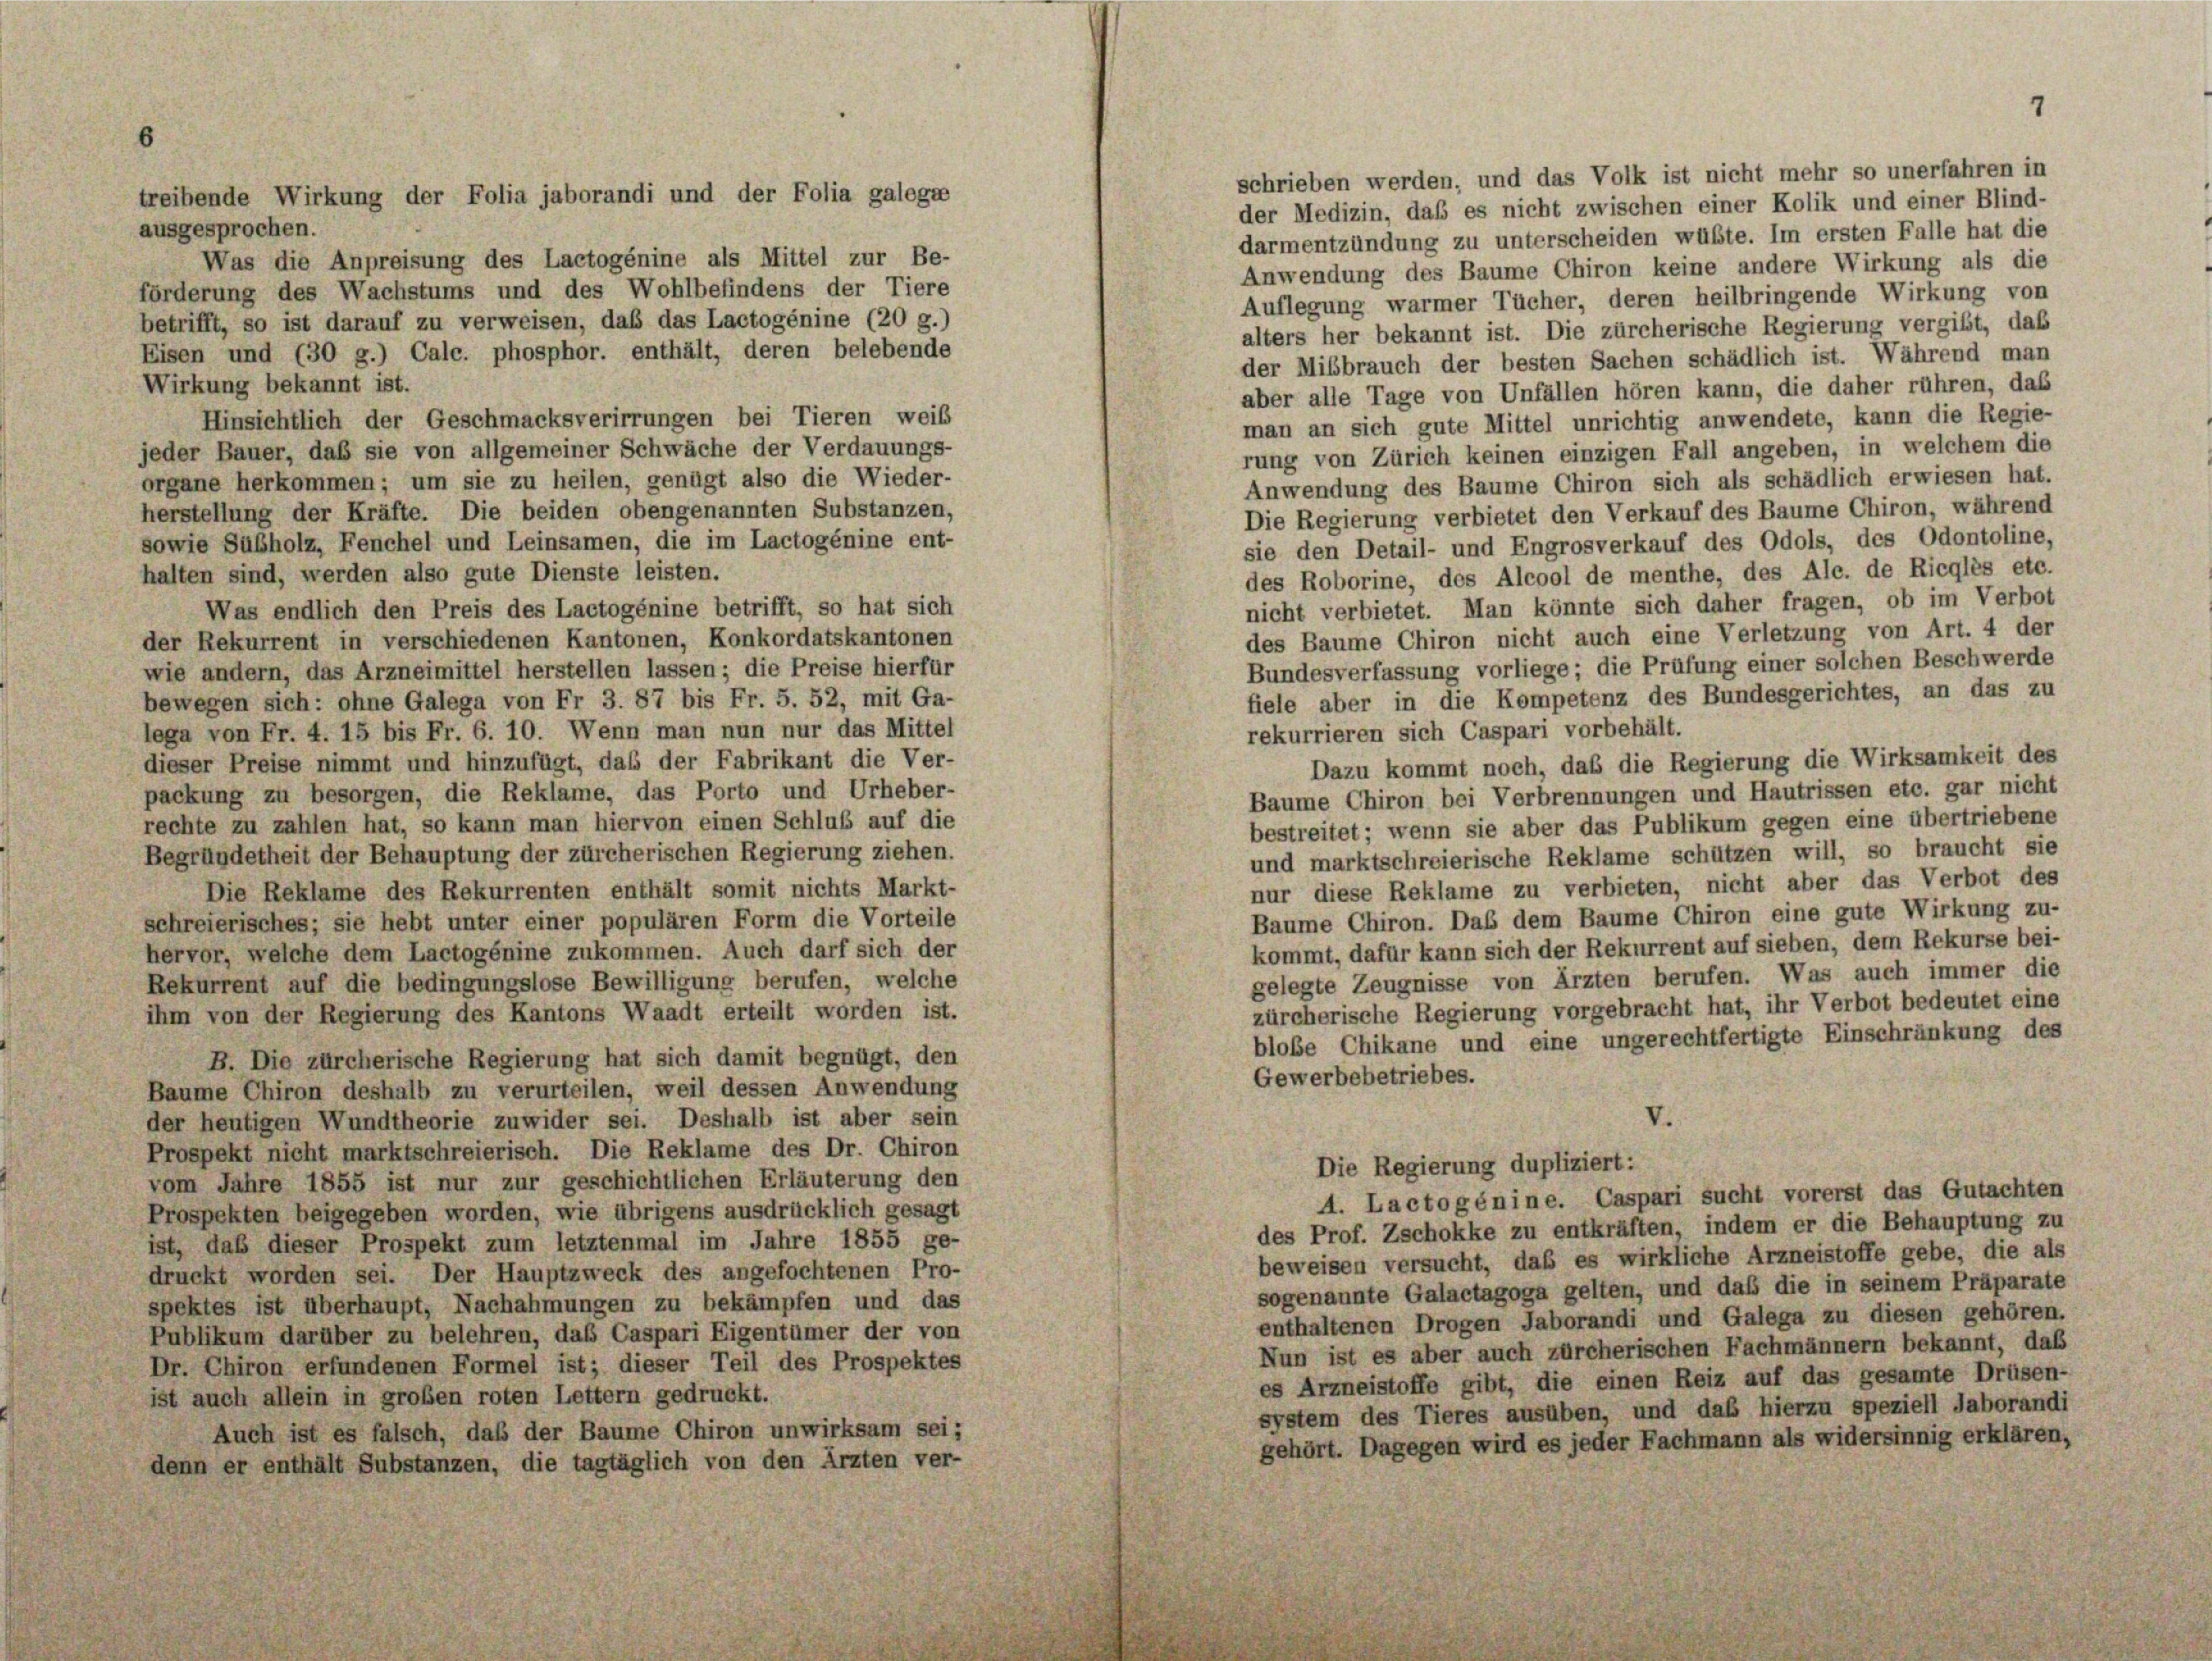
ausgesprochen.
darmentzündung zu unterscheiden wüßte. Im ersten Falle hat die
Was die Anpreisung des Lactogénine als Mittel zur Be-
Anwendung des Baume Chiron keine andere Wirkung als die
förderung des Wachstums und des Wohlbefindens der Tiere
Auflegung warmer Tücher, deren heilbringende Wirkung von
betrifft, so ist darauf zu verweisen, daß das Lactogénine (20 g.)
alters her bekannt ist. Die zürcherische Regierung vergibt, daß
Eisen und (30 g.) Calc. phosphor. enthält, deren belebende
der Mißbrauch der besten Sachen schädlich ist. Während man
Wirkung bekannt ist.
aber alle Tage von Unfällen hören kann, die daher rühren, das
Hinsichtlich der Geschmacksverirrungen bei Tieren weib
man an sich gute Mittel unrichtig anwendete, kann die Regie-
jeder Bauer, daß sie von allgemeiner Schwäche der Verdauungs-
rung von Zürich keinen einzigen Fall angeben, in welchem die
organe herkommen; um sie zu heilen, genügt also die Wieder-
Anwendung des Baume Chiron sich als schädlich erwiesen hat.
herstellung der Kräfte. Die beiden obengenannten Substanzen,
Die Regierung verbietet den Verkauf des Baume Chiron, während
sowie Subholz, Fenchel und Leinsamen, die im Lactogénine ent-
sie den Detail- und Engrosverkauf des Odols, des Odontoline,
halten sind, werden also gute Dienste leisten.
des Roborine, des Alcool de menthe, des Alc. de Ricglès etc.
nicht verbietet. Man könnte sich daher fragen, ob im Verbot
Was endlich den Preis des Lactogénine betrifft, so hat sich
des Baume Chiron nicht auch eine Verletzung von Art. 4 der
der Rekurrent in verschiedenen Kantonen, Konkordatskantonen
Bundesverfassung vorliege; die Prüfung einer solchen Beschwerde
wie andern, das Arzneimittel herstellen lassen; die Preise hierfür
fiele aber in die Kompetenz des Bundesgerichtes, an das zu
bewegen sich: ohne Galega von Fr 3. 87 bis Fr. 5. 52, mit Ga-
lega von Fr. 4. 15 bis Fr. 6. 10. Wenn man nun nur das Mittel
rekurrieren sich Caspari vorbehält.
dieser Preise nimmt und hinzufügt, daß der Fabrikant die Ver-
Dazu kommt noch, daß die Regierung die Wirksamkeit des
packung zu besorgen, die Reklame, das Porto und Urheber-
Baume Chiron bei Verbrennungen und Hautrissen etc. gar nicht
rechte zu zahlen hat, so kann man hiervon einen Schluß auf die
bestreitet; wenn sie aber das Publikum gegen eine übertriebene
Begründetheit der Behauptung der zürcherischen Regierung ziehen
und marktschreierische Reklame schützen will, so braucht sie
nur diese Reklame zu verbieten, nicht aber das Verbot des
Die Reklame des Rekurrenten enthält somit nichts Markt-
Baume Chiron. Das dem Baume Chiron eine gute Wirkung zu-
schreierisches; sie hebt unter einer populären Form die Vorteile
kommt, dafür kann sich der Rekurrent auf sieben, dem Rekurse bei-
hervor, welche dem Lactogénine zukommen. Auch darf sich der
gelegte Zeugnisse von Ärzten berufen. Was auch immer die
Rekurrent auf die bedingungslose Bewilligung berufen, welche
zürcherische Regierung vorgebracht hat, ihr Verbot bedeutet eine
ihm von der Regierung des Kantons Waadt erteilt worden ist.
blobe Chikane und eine ungerechtfertigte Einschränkung des
B. Die zürcherische Regierung hat sich damit begnügt, den
Gewerbebetriebes.
Baume Chiron deshalb zu verurteilen, weil dessen Anwendung
V.
der heutigen Wundtheorie zuwider sei. Deshalb ist aber sein
Prospekt nicht marktschreierisch. Die Reklame des Dr. Chiron
Die Regierung dupliziert:
vom Jahre 1855 ist nur zur geschichtlichen Erläuterung den
A. Lactogénine. Caspari sucht vorerst das Gutachten
Prospekten beigegeben worden, wie übrigens ausdrücklich gesagt
des Prof. Zschokke zu entkräften, indem er die Behauptung zu
ist, daß dieser Prospekt zum letztenmal im Jahre 1855 ge-
beweisen versucht, daß es wirkliche Arzneistoffe gebe, die als
druckt worden sei. Der Hauptzweck des angefochtenen Pro-
sogenannte Galactagoga gelten, und daß die in seinem Präparate
spektes ist überhaupt, Nachahmungen zu bekämpfen und das
enthaltenen Drogen Jaborandi und Galega zu diesen gehören.
Publikum darüber zu belehren, daß Caspari Eigentümer der von
Nun ist es aber auch zürcherischen Fachmännern bekannt, das
Dr. Chiron erfundenen Formel ist; dieser Teil des Prospektes
es Arzneistoffe gibt, die einen Reiz auf das gesamte Drüsen-
ist auch allein in großen roten Lettern gedruckt.
system des Tieres ausüben, und daß hierzu speziell Jaborandi
Auch ist es falsch, daß der Baume Chiron unwirksam sei;
gehört. Dagegen wird es jeder Fachmann als widersinnig erklären,
denn er enthält Substanzen, die tagtäglich von den Ärzten ver-

treibende Wirkung der Folia jaborandi und der Folia galege

schrieben werden, und das Volk ist nicht mehr so unerfahren in
der Medizin, daß es nicht zwischen einer Kolik und einer Blind-